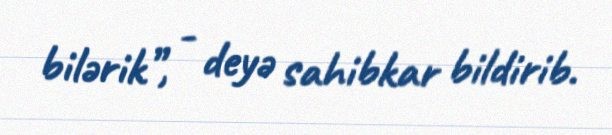
bilərik”, - deyə sahibkar bildirib.